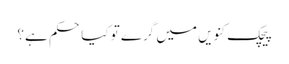
پیچک کنویں میں گرے تو کیا حکم ہے؟